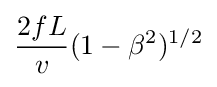
{\frac {2fL}{v}}(1-\beta ^{2})^{1/2}